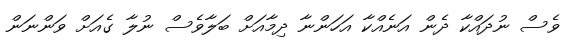
ވެސް ނުދައްކާ ދެން އަނެއްކާ އަހަންނާ ދިމާއަށް ބަލާވެސް ނުލާ ގެއަށް ވަންނަން